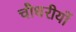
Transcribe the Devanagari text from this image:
चौधरीयों